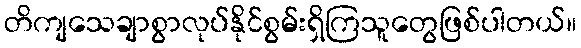
တိကျသေချာစွာလုပ်နိုင်စွမ်းရှိကြသူတွေဖြစ်ပါတယ်။